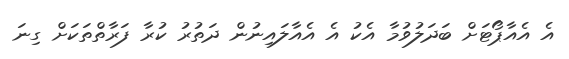
އެ އެއާޕޯޓަށް ބަދަލުވުމާ އެކު އެ އެއާލައިނުން ދަތުރު ކުރާ ފަރާތްތަކަށް ގިނަ